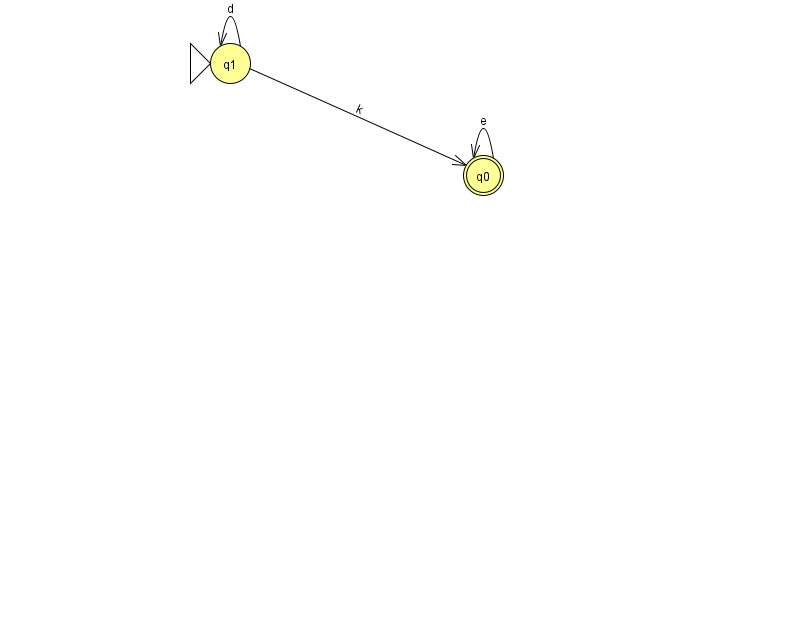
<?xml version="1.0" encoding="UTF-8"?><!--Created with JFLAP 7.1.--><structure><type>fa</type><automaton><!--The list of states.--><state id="0" name="q0"><x>483.0</x><y>162.0</y><final/></state><state id="1" name="q1"><x>230.0</x><y>50.0</y><initial/></state><!--The list of transitions.--><transition><from>1</from><to>1</to><read>d</read></transition><transition><from>0</from><to>0</to><read>e</read></transition><transition><from>1</from><to>0</to><read>k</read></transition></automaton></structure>